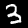
Label: 3